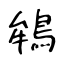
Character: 鴾